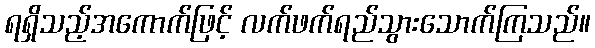
ရရှိသည့်အကောက်ဖြင့် လက်ဖက်ရည်သွားသောက်ကြသည်။